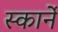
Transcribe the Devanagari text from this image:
स्कार्ने